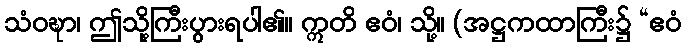
သံဝဍ္ဎာ၊ ဤသို့ကြီးပွားရပါ၏။ ဣတိ ဧဝံ၊ သို့။ (အဋ္ဌကထာကြီး၌ “ဧဝံ